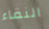
النقاء